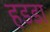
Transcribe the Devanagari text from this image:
हडडा